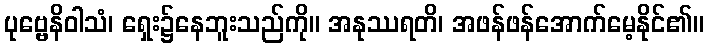
ပုဗ္ဗေနိဝါသံ၊ ရှေး၌နေဘူးသည်ကို။ အနုဿရတိ၊ အဖန်ဖန်အောက်မေ့နိုင်၏။